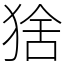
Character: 猞